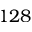
1 2 8